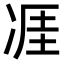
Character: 𪞢